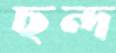
ছন্দ